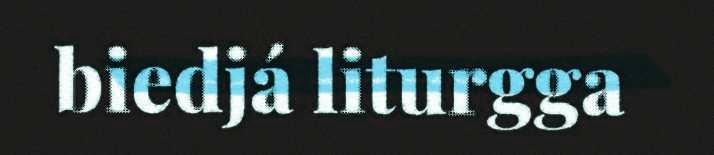
biedjá liturgga